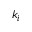
k _ { i }